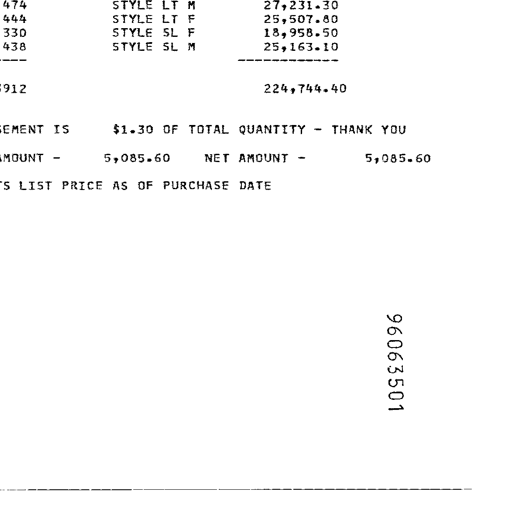
Transcript:
474
STYLE LT M
27,231.30
444
STYLE LT F
25,507.80
330
STYLE SL F
18,958.50
438
STYLE SL M
25,163.10
----------
----------
6912
224,744.40
EMENT IS
$1.30 OF TOTAL QUANTITY - THANK YOU
MOUNT -
5,085.60
NET AMOUNT -
5,085.60
S LIST PRICE AS OF PURCHASE DATE
96063501